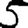
Digit: 5